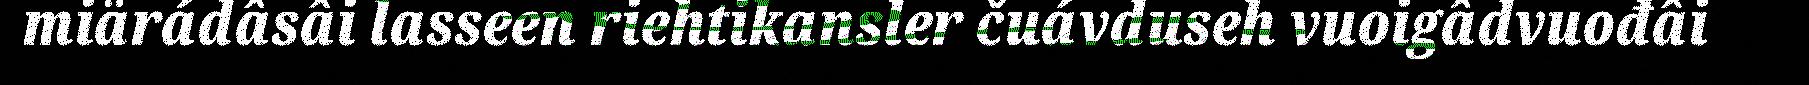
miärádâsâi lasseen riehtikansler čuávduseh vuoigâdvuođâi